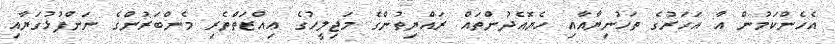
އެހެންކަމުން އާ އަހަރުގެ ތަހުނިޔާއާއި ހެޔޮއެދުންތައް ރައްޔިތުންގެ މަޖިލީހުގެ ޢިއްޒަތްތެރި މެންބަރުންގެ ނަންފުޅުގަޔާއި